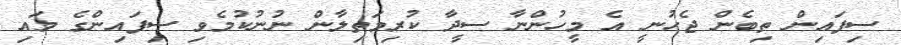
ސިފައިން ތިބެން ޖެހުނީ އެ މީހުންނާ ސީދާ ކުރިމަތިލާން ނުނުކުމެވި ސިފައިންގެ މައި